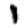
Digit: 1